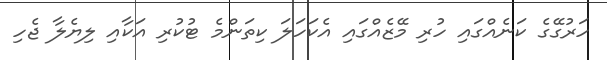
ހަރުގޭގެ ކަނެއްގައި ހުރި މޭޒެއްގައި އެކަހަލަ ކިތަންމެ ޓުކުރި އަކާއި ލިޔެލާ ޖެހި